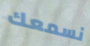
نسمعك